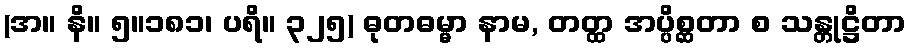
(အ။ နိ။ ၅။၁၈၁၊ ပရိ။ ၃၂၅) ဓုတဓမ္မာ နာမ, တတ္ထ အပ္ပိစ္ဆတာ စ သန္တုဋ္ဌိတာ